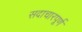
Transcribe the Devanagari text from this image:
सदाचारपूर्ण